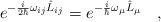
LaTeX: \begin{align*}e^{-\frac{i}{2\hbar}\omega_{ij}\hat{L}_{ij}}=e^{-\frac{i}{\hbar}\omega_\mu\hat{L}_\mu}\ \ \ ,\end{align*}